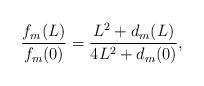
LaTeX: \begin{align*}\frac{f_m(L)}{f_m(0)} = \frac{L^2 + d_m(L)}{4L^2 + d_m(0)},\end{align*}